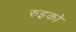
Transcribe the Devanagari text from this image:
रुइको